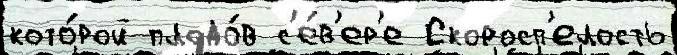
кото́рой плодо́в с'е́в'ер'е Скоросп'елость